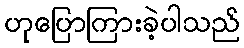
ဟုပြောကြားခဲ့ပါသည်